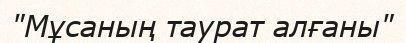
"Мұсаның таурат алғаны"